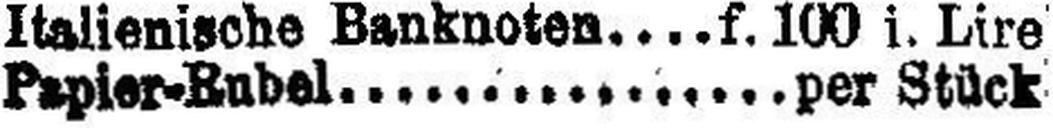
Papier-Rubel per Stück